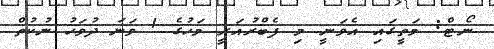
ނޯޓް: މަތީގައި އެވަނީ މި ފެބްރުއަރީ މަހުގެ 1 ވަނަ ދުވަހު ނުކުތް